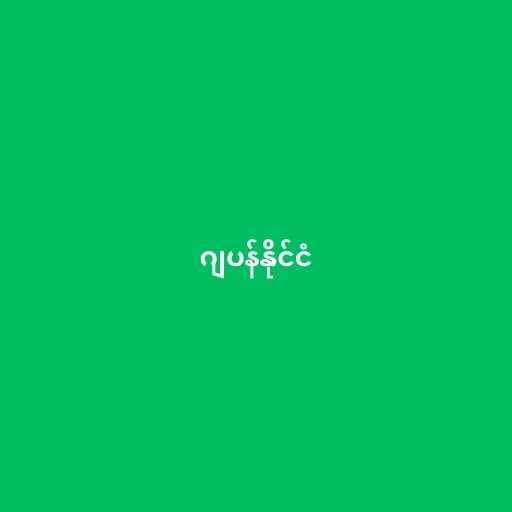
ဂျပန်နိုင်ငံ